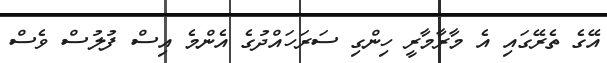
އޭގެ ތެރޭގައި އެ މާރާމާރީ ހިންގި ސަރަހައްދުގެ އެންމެ އިސް ފުލުސް ވެސް